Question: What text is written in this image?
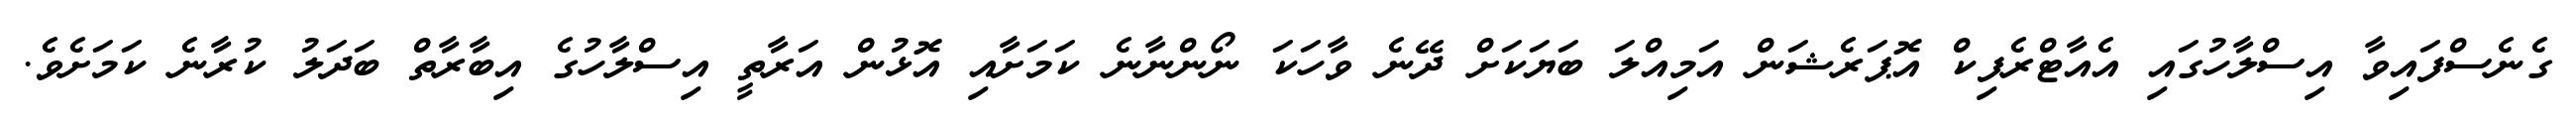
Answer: ގެނެސްފައިވާ އިސްލާހުގައި އެއާޓްރެފިކް އޮޕަރެޝަން އަމިއްލަ ބަޔަކަށް ދޭނެ ވާހަކަ ނޯންނާނެ ކަމަށާއި އޮޅުން އަރާތީ އިސްލާހުގެ އިބާރާތް ބަދަލު ކުރާނެ ކަމަށެވެ.